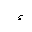
Letter: _hamza